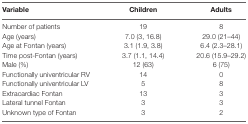
<table><thead><tr><td><b>Variable</b></td><td><b>Children</b></td><td><b>Adults</b></td></tr></thead><tbody><tr><td>Number of patients</td><td>19</td><td>8</td></tr><tr><td>Age (years)</td><td>7.0 (3, 16.8)</td><td>29.0 (21–44)</td></tr><tr><td>Age at Fontan (years)</td><td>3.1 (1.9, 3.8)</td><td>6.4 (2.3–28.1)</td></tr><tr><td>Time post-Fontan (years)</td><td>3.7 (1.1, 14.4)</td><td>20.6 (15.9–29.2)</td></tr><tr><td>Male (%)</td><td>12 (63)</td><td>6 (75)</td></tr><tr><td>Functionally univentricular RV</td><td>14</td><td>0</td></tr><tr><td>Functionally univentricular LV</td><td>5</td><td>8</td></tr><tr><td>Extracardiac Fontan</td><td>13</td><td>3</td></tr><tr><td>Lateral tunnel Fontan</td><td>3</td><td>3</td></tr><tr><td>Unknown type of Fontan</td><td>3</td><td>2</td></tr></tbody></table>